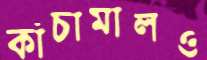
কাঁচামালও